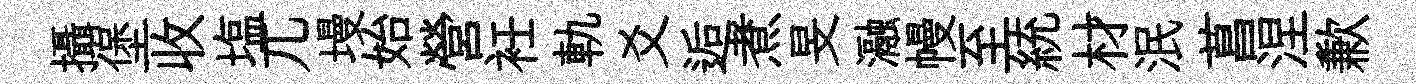
攝堡收塩兀墁始營衽軌爻逅煮旻瀜幔至統材泯菖涅歉